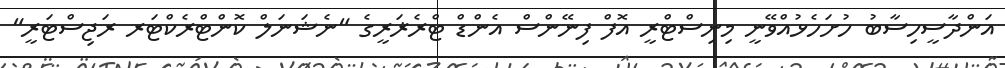
އަންދާސީހިސާބު ހުށަހެޅުއްވޭނީ މިނިސްޓްރީ އޮފް ފިނޭންސް އެންޑް ޓްރެޜަރީގެ "ނެޝަނަލް ކޮންޓްރެކްޓަރ ރަޖިސްޓަރީ"